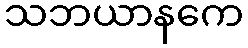
သဘယာနကေ